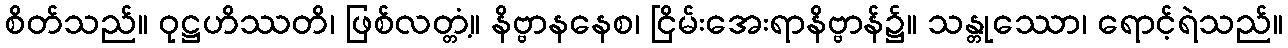
စိတ်သည်။ ဝုဋ္ဌဟိဿတိ၊ ဖြစ်လတ္တံ့။ နိဗ္ဗာနနေစ၊ ငြိမ်းအေးရာနိဗ္ဗာန်၌။ သန္တုဿော၊ ရောင့်ရဲသည်။